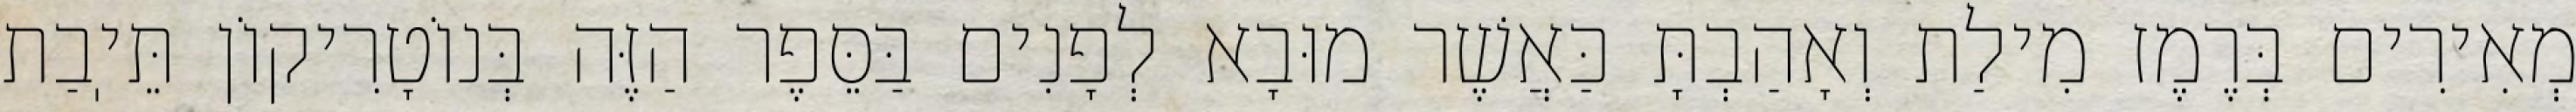
מְאִירִים בְּרֶמֶז מִילַת וְאָהַבְתָּ כַּאֲשֶׁר מוּבָא לְפָנִים בַּסֵּפֶר הַזֶּה בְּנוֹטָרִיקוֹן תֵּיֽבַת